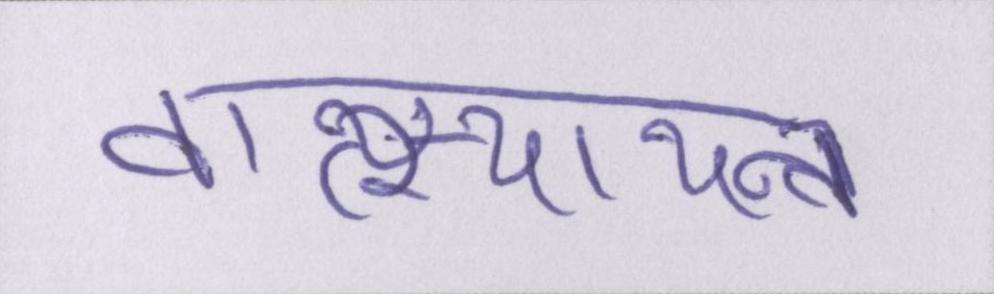
वात्स्यायन